Riigikantselei, lk 462
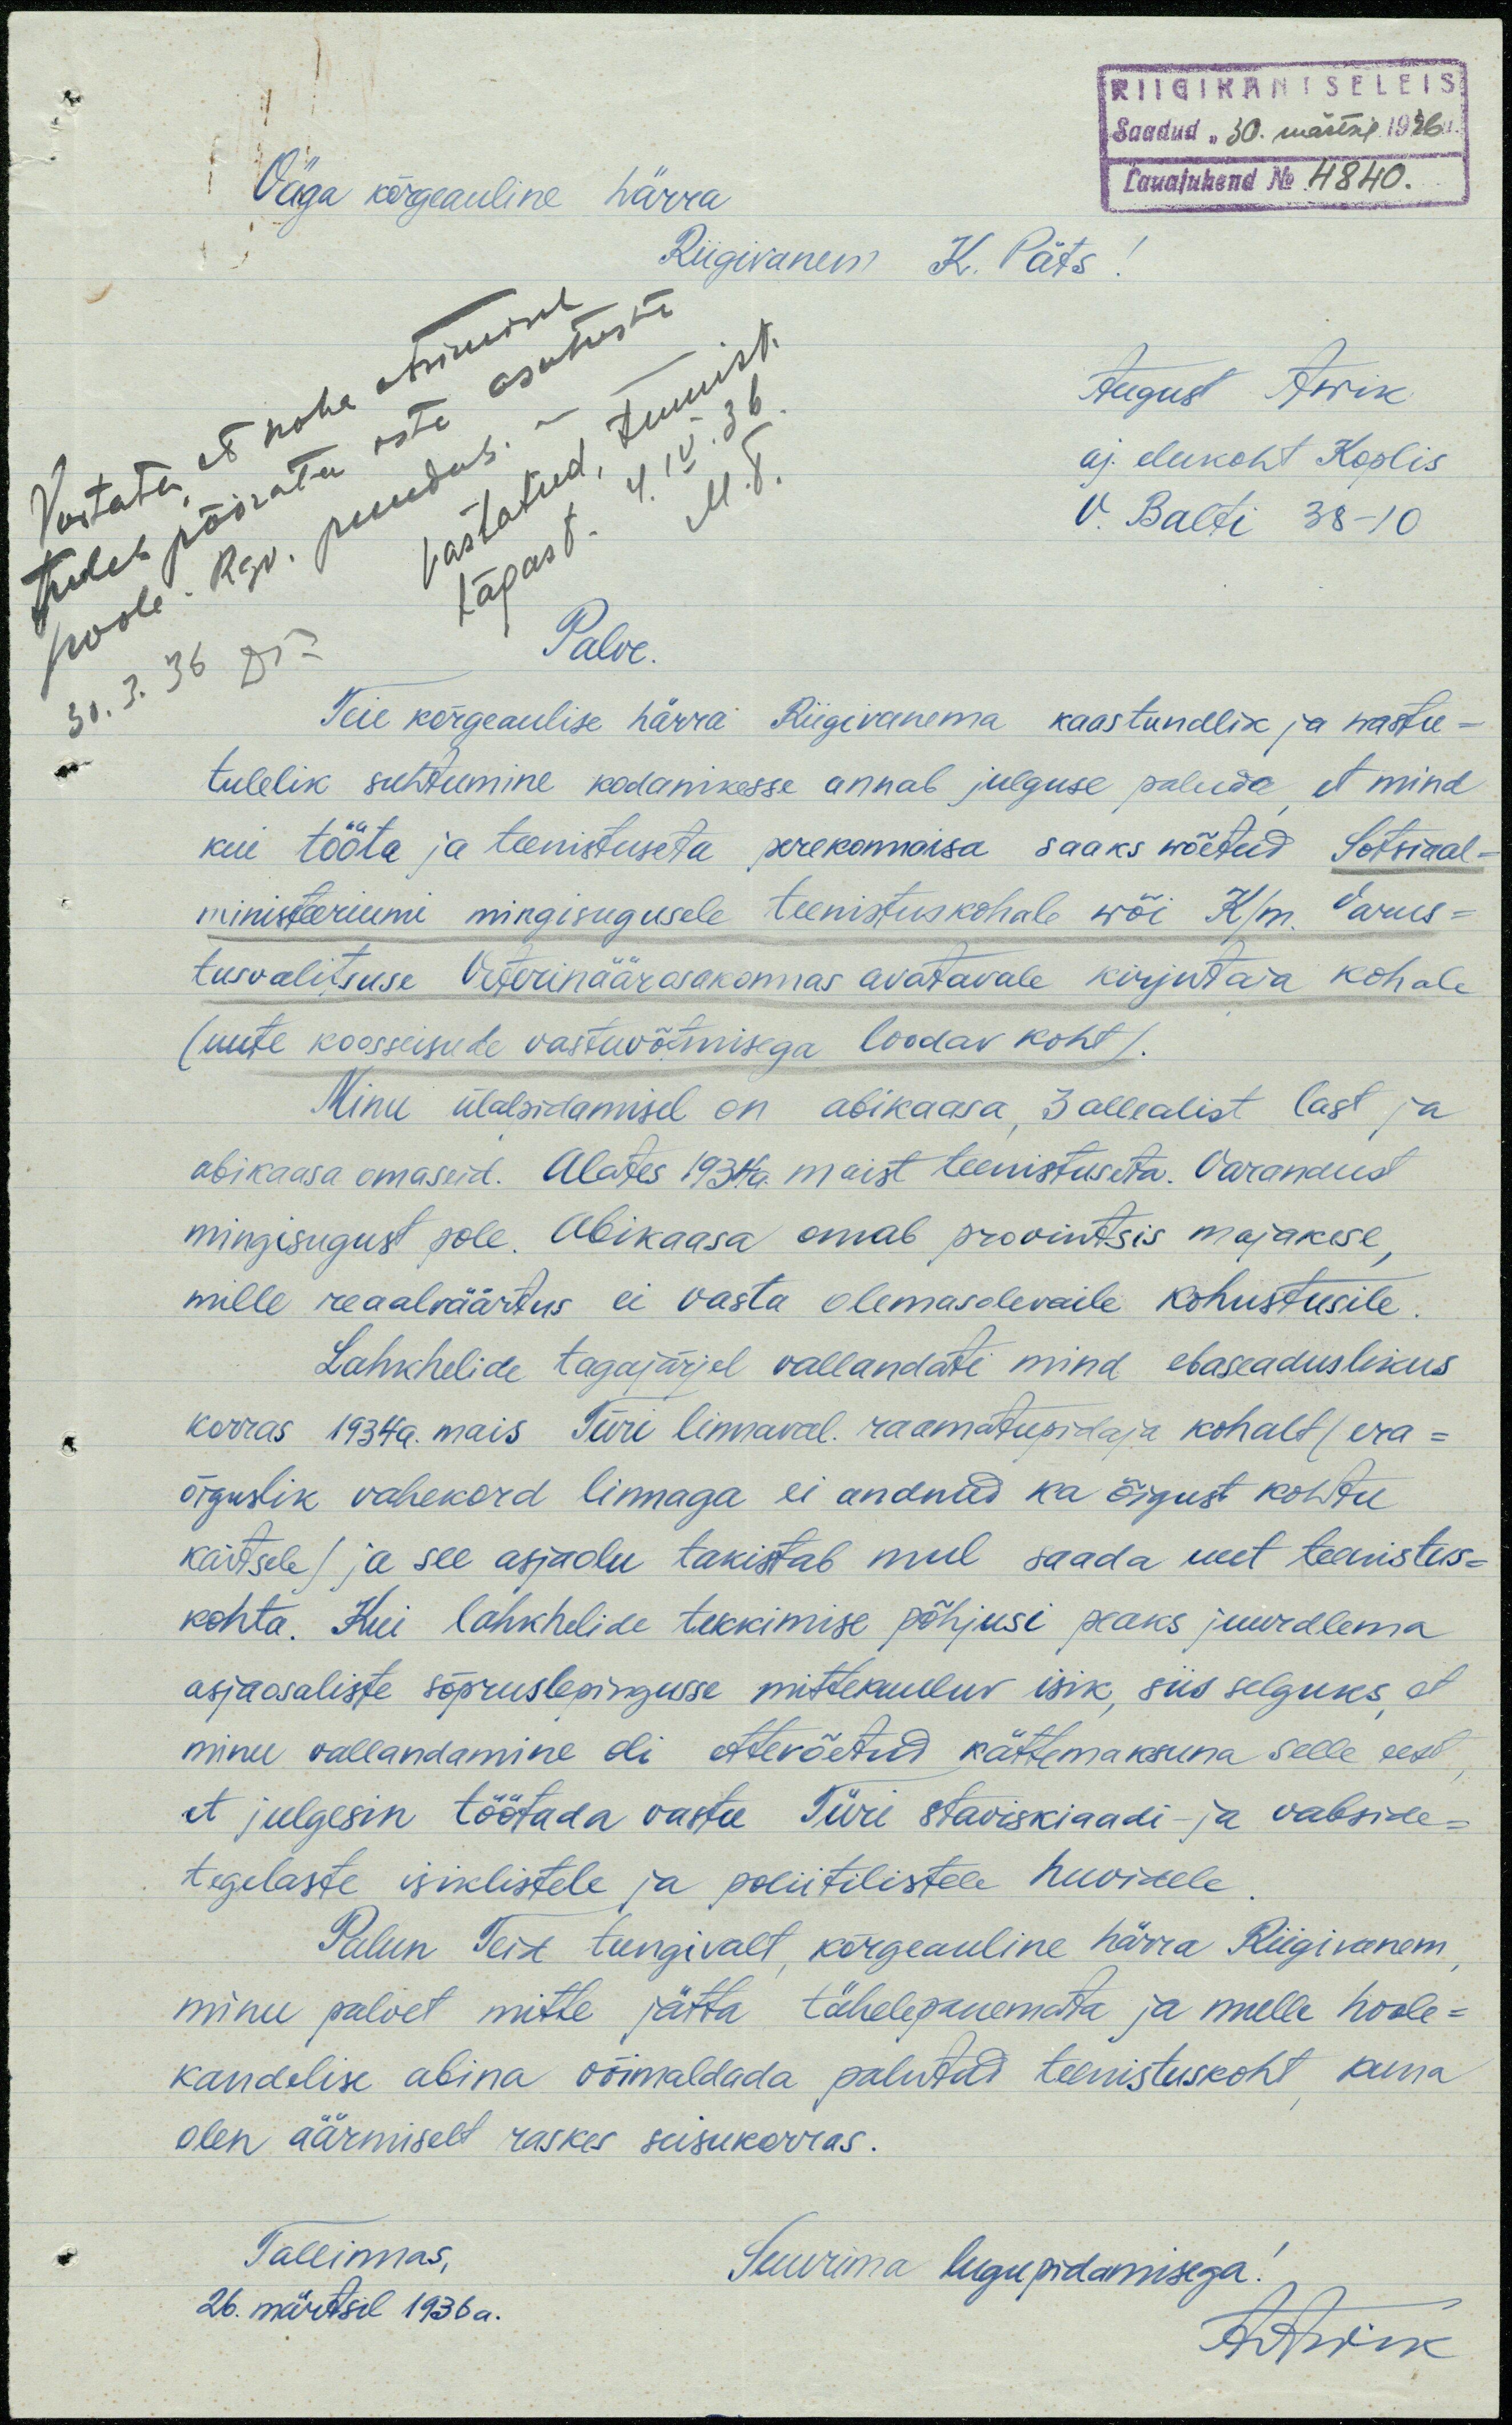
RIIGIKANTSELEIS
Saadud "30. märtsil 1936a.
Lauajuhend N 4840.
Väga kõrgeauline härra
Riigivanem K. Päts
Vastatud, tunnist.
tagast. 4. IV. 36
M. T
August Awik
aj. elukoht Koplis
V. Balti 38 - 10
Palve.
30. 3. 36 DT
Teie kõrgeaulise härra Riigivanema kaastundlik ja vastu-
tulelik suhtumine kodanikesse annab julguse paluda et mind
kui tööta ja teenistuseta perekonnaisa saaks wõetud Sotsiaal-
ministeeriumi mingisugusele teenistuskohale wõi K/m. Varus-
tusvalitsuse Veterinäärosakonnas avatavale kirjutaja kohale
(uute koosseisude vastuvõtmisega loodav koht).
Minu ülalpidamisel on abikaasa, 3 allealist last ja
abikaasa omaseid. Alates 1934a. maist teenistuseta. Varandust
mingisugust pole. Abikaasa omad provintsis majakese,
mille reaalväärtus ei vasta olemasolevaile kohustusile.
Lahkhelide tagajärjel vallandati mind ebaseaduslikus
korras 1934a. mais Türi linnaval. raamatupidaja kohalt (era-
õiguslik vahekord linnaga ei andnud ka õigust kohtu
kaitsele) ja see asjaolu takistab mul saada uut teenistus-
kohta. Kui lahkhelide tekkimise põhjusi peaks juurdlema
asjaosaliste sõpruslepingusse mittekuuluv isik, siis selguks, et
minu vallandamine oli ettevõetud kättemaksuna selle eest
et julgesin töötada vastu Türi staviskiaadi- ja vabside
tegelaste isiklistele ja poliitilistele huvidele
Palun Teie tungivalt, kõrgeauline härra Riigivanem
minu palvet mitte jätta tähelepanemata ja mulle hoole-
kandelise abina võimaldada palutud teenistuskoht kuna
olen äärmiselt raskes seisukorras.
Tallinnas,
26. märtsil 1936 a.
Suurima lugupidamisega!
A. Awik